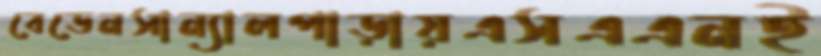
বেডেনসান্যালপাড়ায়এসএএনই